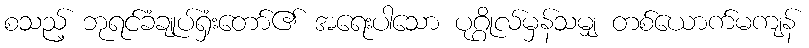
စသည့် ဘုရင်ခံချုပ်ရှံးတော်၏ အရေးပါသော ပုဂ္ဂိုလ်မှန်သမျှ တစ်ယောက်မကျန်